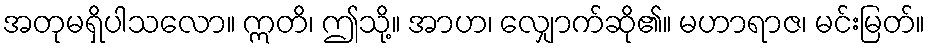
အတုမရှိပါသလော။ ဣတိ၊ ဤသို့။ အာဟ၊ လျှောက်ဆို၏။ မဟာရာဇ၊ မင်းမြတ်။